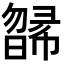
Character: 𣊸